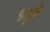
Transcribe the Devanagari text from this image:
१जुलै